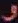
Transcribe